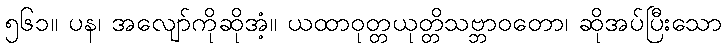
၅၆၁။ ပန၊ အလျော်ကိုဆိုအံ့။ ယထာဝုတ္တယုတ္တိသဗ္ဘာဝတော၊ ဆိုအပ်ပြီးသော